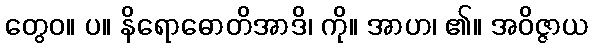
တွေဝ။ ပ။ နိရောဓောတိအာဒိ၊ ကို။ အာဟ၊ ၏။ အဝိဇ္ဇာယ